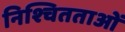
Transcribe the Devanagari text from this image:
निश्चितताओं